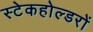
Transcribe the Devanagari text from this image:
स्टेकहोल्डरों